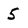
Character: 5